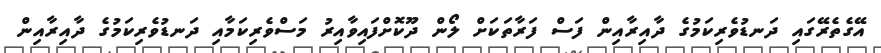
އޭގެތެރޭގައި ދަނޑުވެރިކަމުގެ ދާއިރާއިން ފަސް ފަރާތަކަށް ލޯން ދޫކޮށްފައިވާއިރު މަސްވެރިކަމާއި ދަނޑުވެރިކަމުގެ ދާއިރާއިން